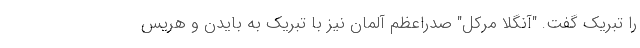
را تبریک گفت. "آنگلا مرکل" صدراعظم آلمان نیز با تبریک به بایدن و هریس